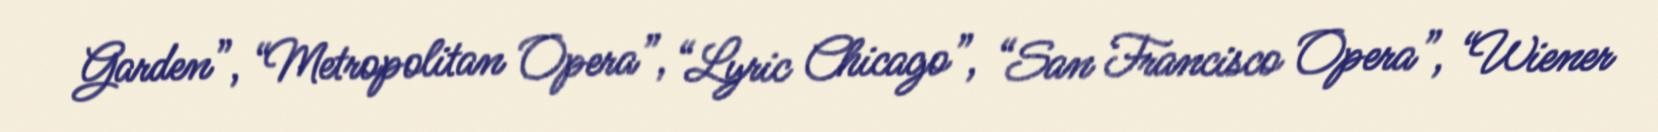
Garden”, “Metropolitan Opera”, “Lyric Chicago”, “San Francisco Opera”, “Wiener